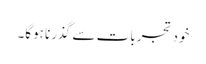
خود تجربات سے گذرنا ہوگا۔